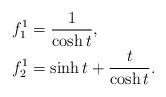
LaTeX: \begin{align*}f^1_1 &= \frac{1}{\cosh{t}},\\f^1_2 &= \sinh{t}+\frac{t}{\cosh{t}}.\end{align*}